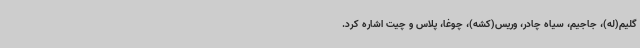
گلیم(له)، جاجیم، سیاه چادر، وریس(کشه)، چوغا، پلاس و چیت اشاره کرد.